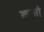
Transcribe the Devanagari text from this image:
ख़रची